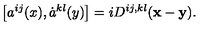
\left[ a ^ { i j } ( x ) , \dot { a } ^ { k l } ( y ) \right] = i D ^ { i j , k l } ( { \bf x - y } ) .